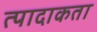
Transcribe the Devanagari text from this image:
त्पादाकता